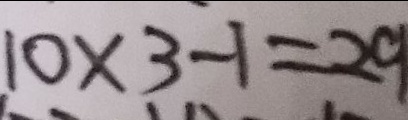
1 0 \times 3 - 1 = 2 9